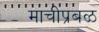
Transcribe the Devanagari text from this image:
माचीप्रबळ